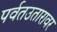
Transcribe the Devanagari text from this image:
पर्वतउतारावर